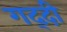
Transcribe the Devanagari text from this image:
गद्‍दी